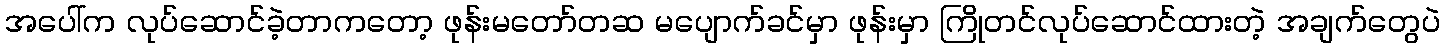
အပေါ်က လုပ်ဆောင်ခဲ့တာကတော့ ဖုန်းမတော်တဆ မပျောက်ခင်မှာ ဖုန်းမှာ ကြိုတင်လုပ်ဆောင်ထားတဲ့ အချက်တွေပဲ